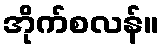
အိုက်စလန်။